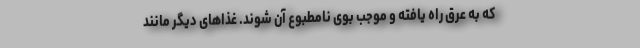
که به عرق راه یافته و موجب بوی نامطبوع آن شوند. غذاهای دیگر مانند